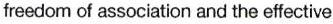
freedom of association and the effective